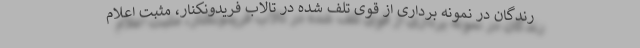
رندگان در نمونه برداری از قوی تلف شده در تالاب فریدونکنار، مثبت اعلام